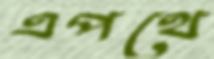
এপথে